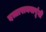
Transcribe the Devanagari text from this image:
दत्तारामबापूंनी